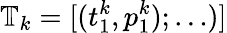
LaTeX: \mathbb{T}_{k}=[(t_{1}^{k},p_{1}^{k});\dots)]